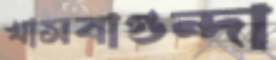
খাসবাগুন্দা